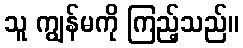
သူ ကျွန်မကို ကြည့်သည်။